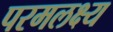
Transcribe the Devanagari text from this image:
परमलक्ष्य